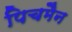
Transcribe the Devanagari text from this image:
पिचमैन